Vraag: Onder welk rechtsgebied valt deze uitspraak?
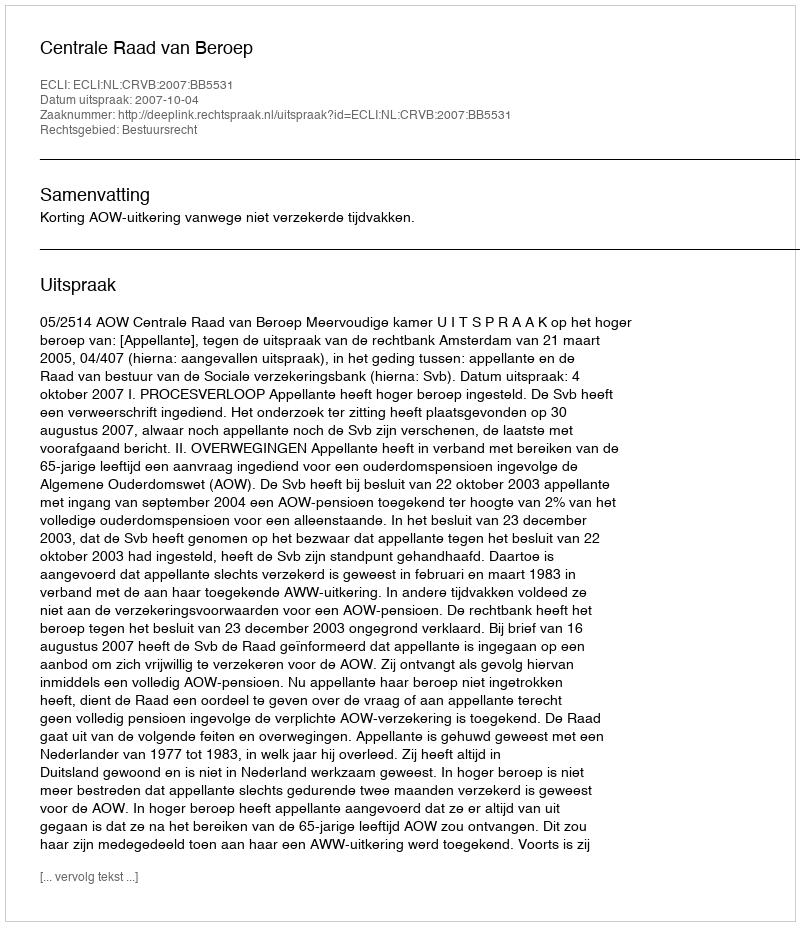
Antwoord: Bestuursrecht